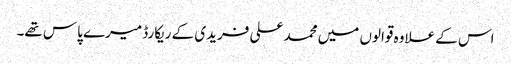
اس کے علاوہ قوالوں میں محمد علی فریدی کے ریکارڈ میرے پاس تھے۔